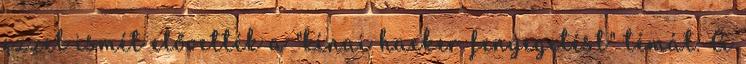
ezzel ismét elővették a "kínai hacker fenyegetést" témát. A